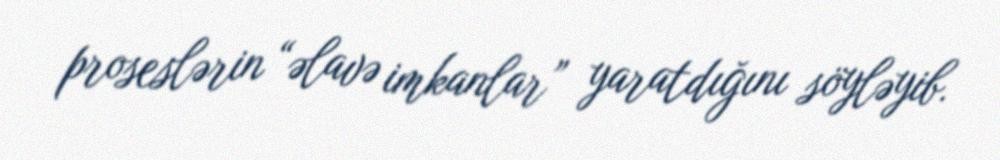
proseslərin “əlavə imkanlar” yaratdığını söyləyib.